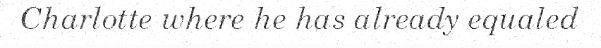
Charlotte where he has already equaled